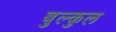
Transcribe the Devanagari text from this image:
बुल्कुल